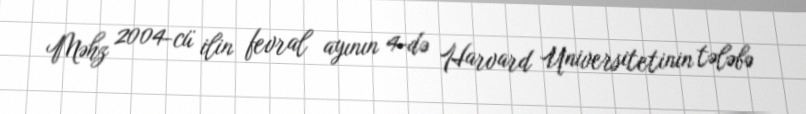
Məhz 2004-cü ilin fevral ayının 4-də Harvard Universitetinin tələbə